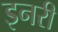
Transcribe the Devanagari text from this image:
इनरी